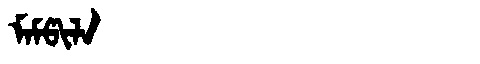
Manchu: ᠮᠠᠮᡦᡳᠯᠠ
Romanization: MAMPILA